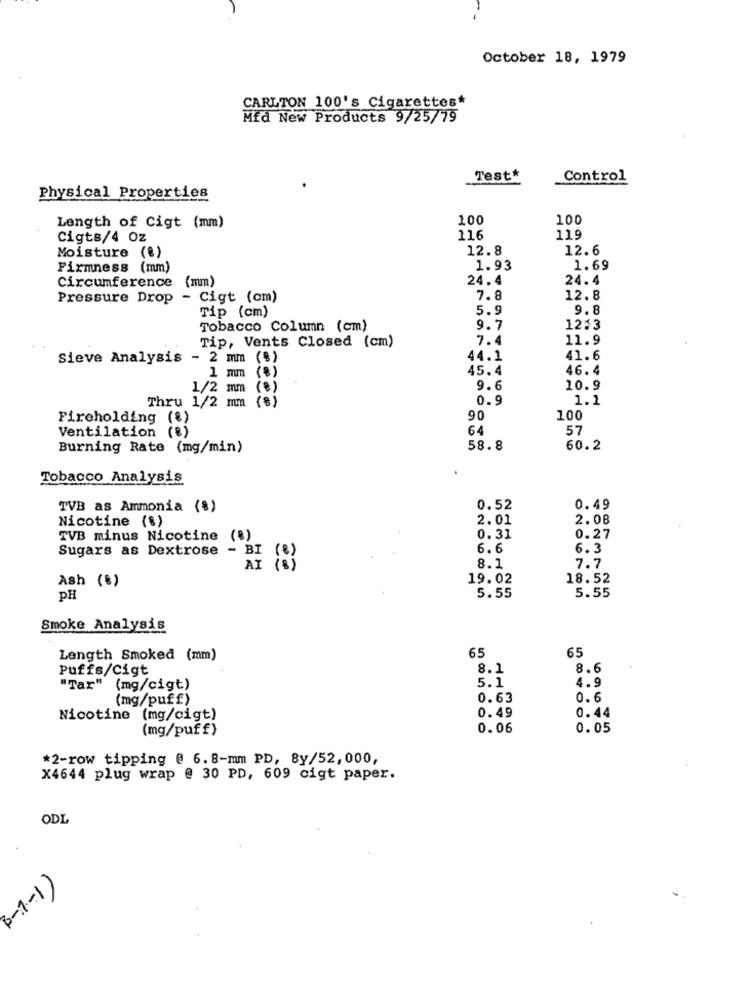
October 18, 1979
CARLTON 100's Cigarettes*
Mfd New Products 9/25/79
Test*
Control
Physical Properties
100
100
Length of Cigt (mm)
Cigts/4 Oz
116
119
12.8
12.6
Moisture (%)
Firmness (mm)
1.93
1.69
Circumference (mm)
24.4
24.4
Pressure Drop - Cigt (cm)
7.8
12.8
5.9
9.8
Tip (cm)
Tobacco Column (cm)
9.7
12:3
Tip, Vents Closed (cm)
7.4
11.9
Sieve Analysis -
2 mm (%)
44.1
41.6
1 mm (%)
45.4
46. 4
1/2 mm (%)
9.6
10.9
Thru 1/2 mm (%)
0.9
1.1
Fireholding (%)
90
100
Ventilation (%)
64
57
Burning Rate (mg/min)
58.8
60.2
Tobacco Analysis
TVB as Ammonia (%)
0.52
0.49
Nicotine (%)
2.01
2.08
TVB minus Nicotine (%)
0.31
0.27
6.6
6.3
Sugars as Dextrose - BI (%)
AI (8)
8.1
7.7
Ash (€)
19.02
18.52
5.55
5.55
PH
Smoke Analysis
65
Length Smoked (mm)
65
Puffs/Cigt
8.1
8.6
4.9
"Tar" (mg/cigt)
5.1
(mg/puff)
0.63
0.6
0.49
0.44
Nicotine (mg/cigt)
(mg/puff)
0.06
0.05
*2-row tipping @ 6.8-mm PD, 8y/52,000,
X4644 plug wrap @ 30 PD, 609 cigt paper.
ODL
B-1-1)